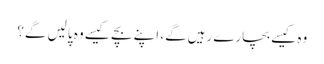
وہ کیسے بچارے رہیں‌گے، اپنے بچے کیسے وہ پالیں‌ گے؟